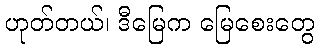
ဟုတ်တယ်၊ ဒီမြေက မြေစေးတွေ